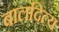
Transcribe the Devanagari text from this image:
बालदित्य